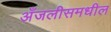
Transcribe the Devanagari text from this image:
अँजलीसमधील